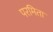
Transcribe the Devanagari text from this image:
परमिता